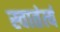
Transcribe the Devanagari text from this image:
स्वातंर्त्य